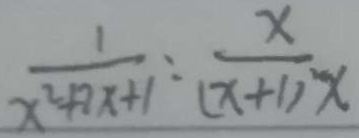
\frac { 1 } { x ^ { 2 } + 2 x + 1 } : \frac { x } { ( x + 1 ) ^ { 2 } x }